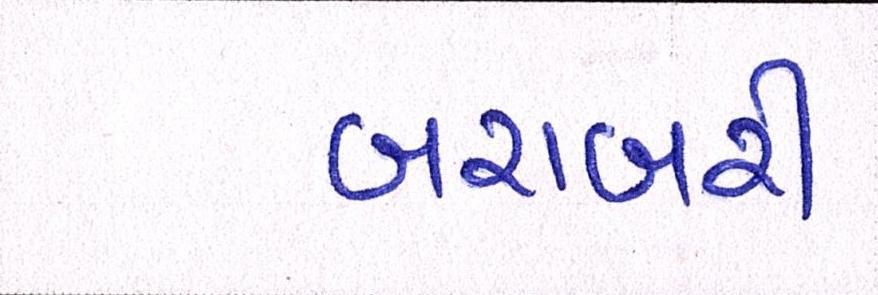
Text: બરાબરી